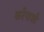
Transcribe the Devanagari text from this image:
करेेनाशी